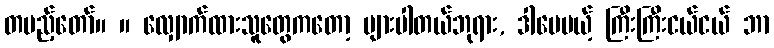
တပည့်တော်။ ။ လျှောက်ထားသူတွေကတော့ များပါတယ်ဘုရား, ဒါပေမယ့် ကြီးကြီးငယ်ငယ် ဘာ